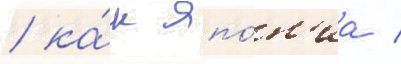
/ ка́к япо́н'иа /